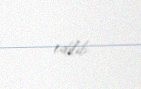
edilib.